Bombay plague: being a history of the progress of plague in the Bombay presidency from September 1896 to June 1899
Year: 1896
Disease focus: Plague
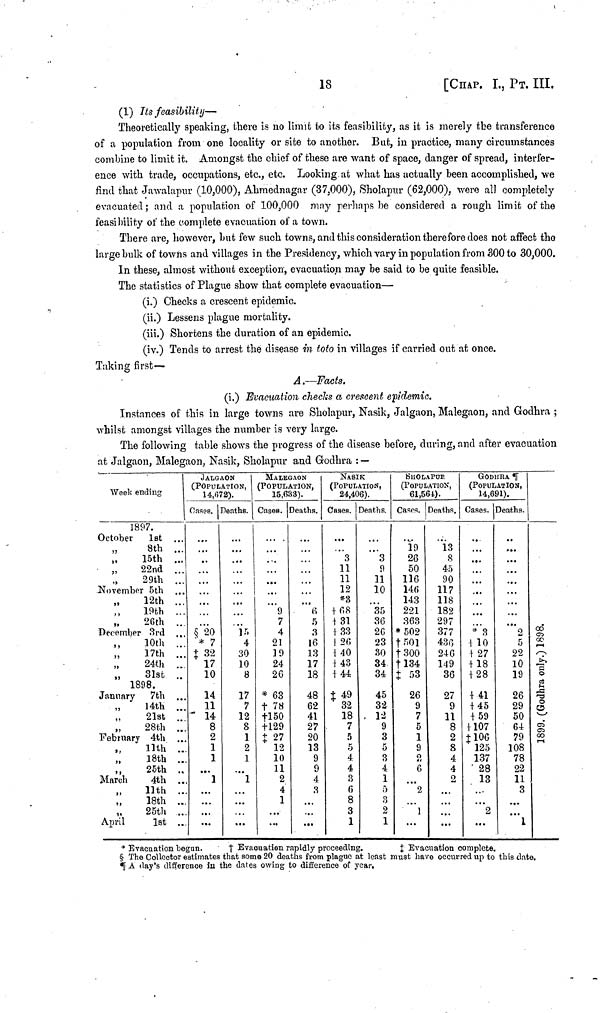
18
[CHAP. I, ΡT. III.
(1) Its feasibility—
Theoretically speaking, there is no limit to its feasibility, as it is merely the transference
of a population from one locality or site to another. But, in practice, many circumstances
combine to limit it. Amongst the chief of these are want of space, danger of spread, interfer-
ence with trade, occupations, etc., etc. Looking at what has actually been accomplished, we
find that Jawalapur (10,000), Abmednagar (37,000), Sholapur (62,000), were all completely
evacuated; and a population of 100,000 may perhaps be considered a rough limit of the
feasibility of the complete evacuation of a town.
There are, however, but few such towns, and this consideration therefore does not affect the
large bulk of towns and villages in the Presidency, which vary in population from 300 to 30,000.
In these, almost without exception, evacuation may be said to be quite feasible.
The statistics of Plague show that complete evacuation—
(i.) Checks a crescent epidemic.
(ii.) Lessens plague mortality,
(iii.) Shortens the duration of an epidemic.
(iv.) Tends to arrest the disease in toto in villages if carried out at once.
Taking first—
A.—Facts.
(i.) Evacuation checks a crescent epidemic.
Instances of this in large towns are Sholapur, Nasik, Jalgaon, Malegaon, and Godhra ;
whilst amongst villages the number is very large.
The following table shows the progress of the disease before, during, and after evacuation
at Jalgaon, Malegaon, Nasik, Sholapur and Godhra : —
Week ending
1897.
October
1st
8th ...
15th
„
22nd
29th
November 5th
12th
19th
...
26th ...
December 3rd ...
10th ...
17th
...
24th ...
,,
31st
..
1898.
January
7th ...
14th ...
21st
..
28th ...
February 4th ...
11th
..
18th
..
,,
25th ....
March
4th ..
11th
..
18th
...
„
25th
April
1st
JALGAon
(POPULATION,
14,67272).
Oases.
...
...
$ 20
* 7
‡ 32
17
10
14
11
14
8
2
1
1
...
1
...
...
Deaths.
...
...
15
4
30
10
8
17
7
12
8
1
2
1
...
1
...
...
MALEGAON
(POPULATION,
15,633).
Cases.
9
7
4
21
19
24
26
* 63
† 78
†150
†l29
‡ 27
12
10
11
2
4
1
Deaths.
6
5
.3
16
13
17
18
48
62
41
27
20
13
9
9
4
3
....
...
...
NASIK
(POPULATION,
24,406).
Cases.
3
11
11
12
*3
‡ 68
†31
† 33
I 26
† 40
†43
†44
$ 49
32
18
7
5
5
4
4
3
6
8
3
1
Deaths.
3
9
11
10
...
35
36
26
23
30
34
34
45
32
12
9
3
5
3
4
1
5
3
2
1
SHOLAPUR.
(POPULATION,
61,564).
Casos.
19
26
50
116
146
143
221
363
*502
† 501
†300
† 134
‡ 53
26
9
7
5
1
9
2
6
2
1
...
Deaths.
13
8
45
90
117
118
182
297
377
436
246
149
36
27
9
11
8
2
8
4
4
2
...
...
GODHRA ***
(POPULATION,
14,691).
Cases.
...
...
...
...
...
...
...
*3
†10
† 27
†18
†28
† 41
†45
†59
†107
‡106
125
137
28
13
...
2
...
Deaths.
...
...
...
...
...
...
...
...
2
5
22
10
19
26
29
50
64
79
108
78
22
11
3
1
1899( Godhra
only.) 1898.
* Evacuation begun.
†
Evacuation rapidly proceeding.
‡
Evacuation complete.
§ The Collector estimates that some 20 deaths from plague at least must have occurred up to this date.
** A day's difference in the dates owing to difference of year,